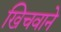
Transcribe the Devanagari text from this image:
खिचवाने